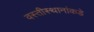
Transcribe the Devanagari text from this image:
वस्तीस्थानांकडे